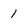
Character: 1